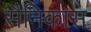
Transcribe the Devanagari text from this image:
सैनिकास